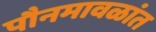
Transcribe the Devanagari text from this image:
पौनमावळांत